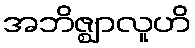
အဘိဇ္ဈာလူဟိ